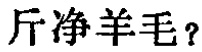
斤净羊毛？